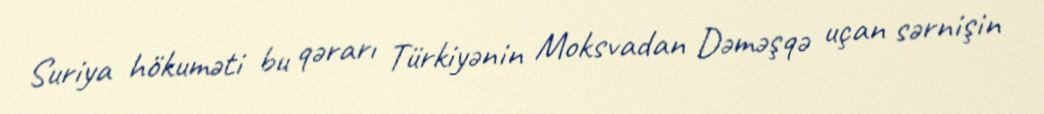
Suriya hökuməti bu qərarı Türkiyənin Moksvadan Dəməşqə uçan sərnişin